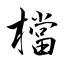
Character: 檔